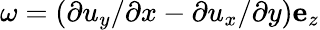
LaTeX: \omega=(\partial u_{y}/\partial x-\partial u_{x}/\partial y)\mathbf{e}_{z}